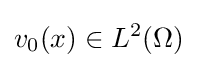
v_{0}(x)\in L^{2}(\Omega )